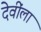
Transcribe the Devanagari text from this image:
देवींला